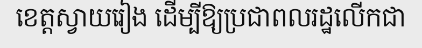
ខេត្តស្វាយរៀង ដើម្បីឱ្យប្រជាពលរដ្ឋលើកជា